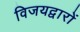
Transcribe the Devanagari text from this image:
विजयद्वारों